Suure-Kopu_vallavalitsus, lk 20
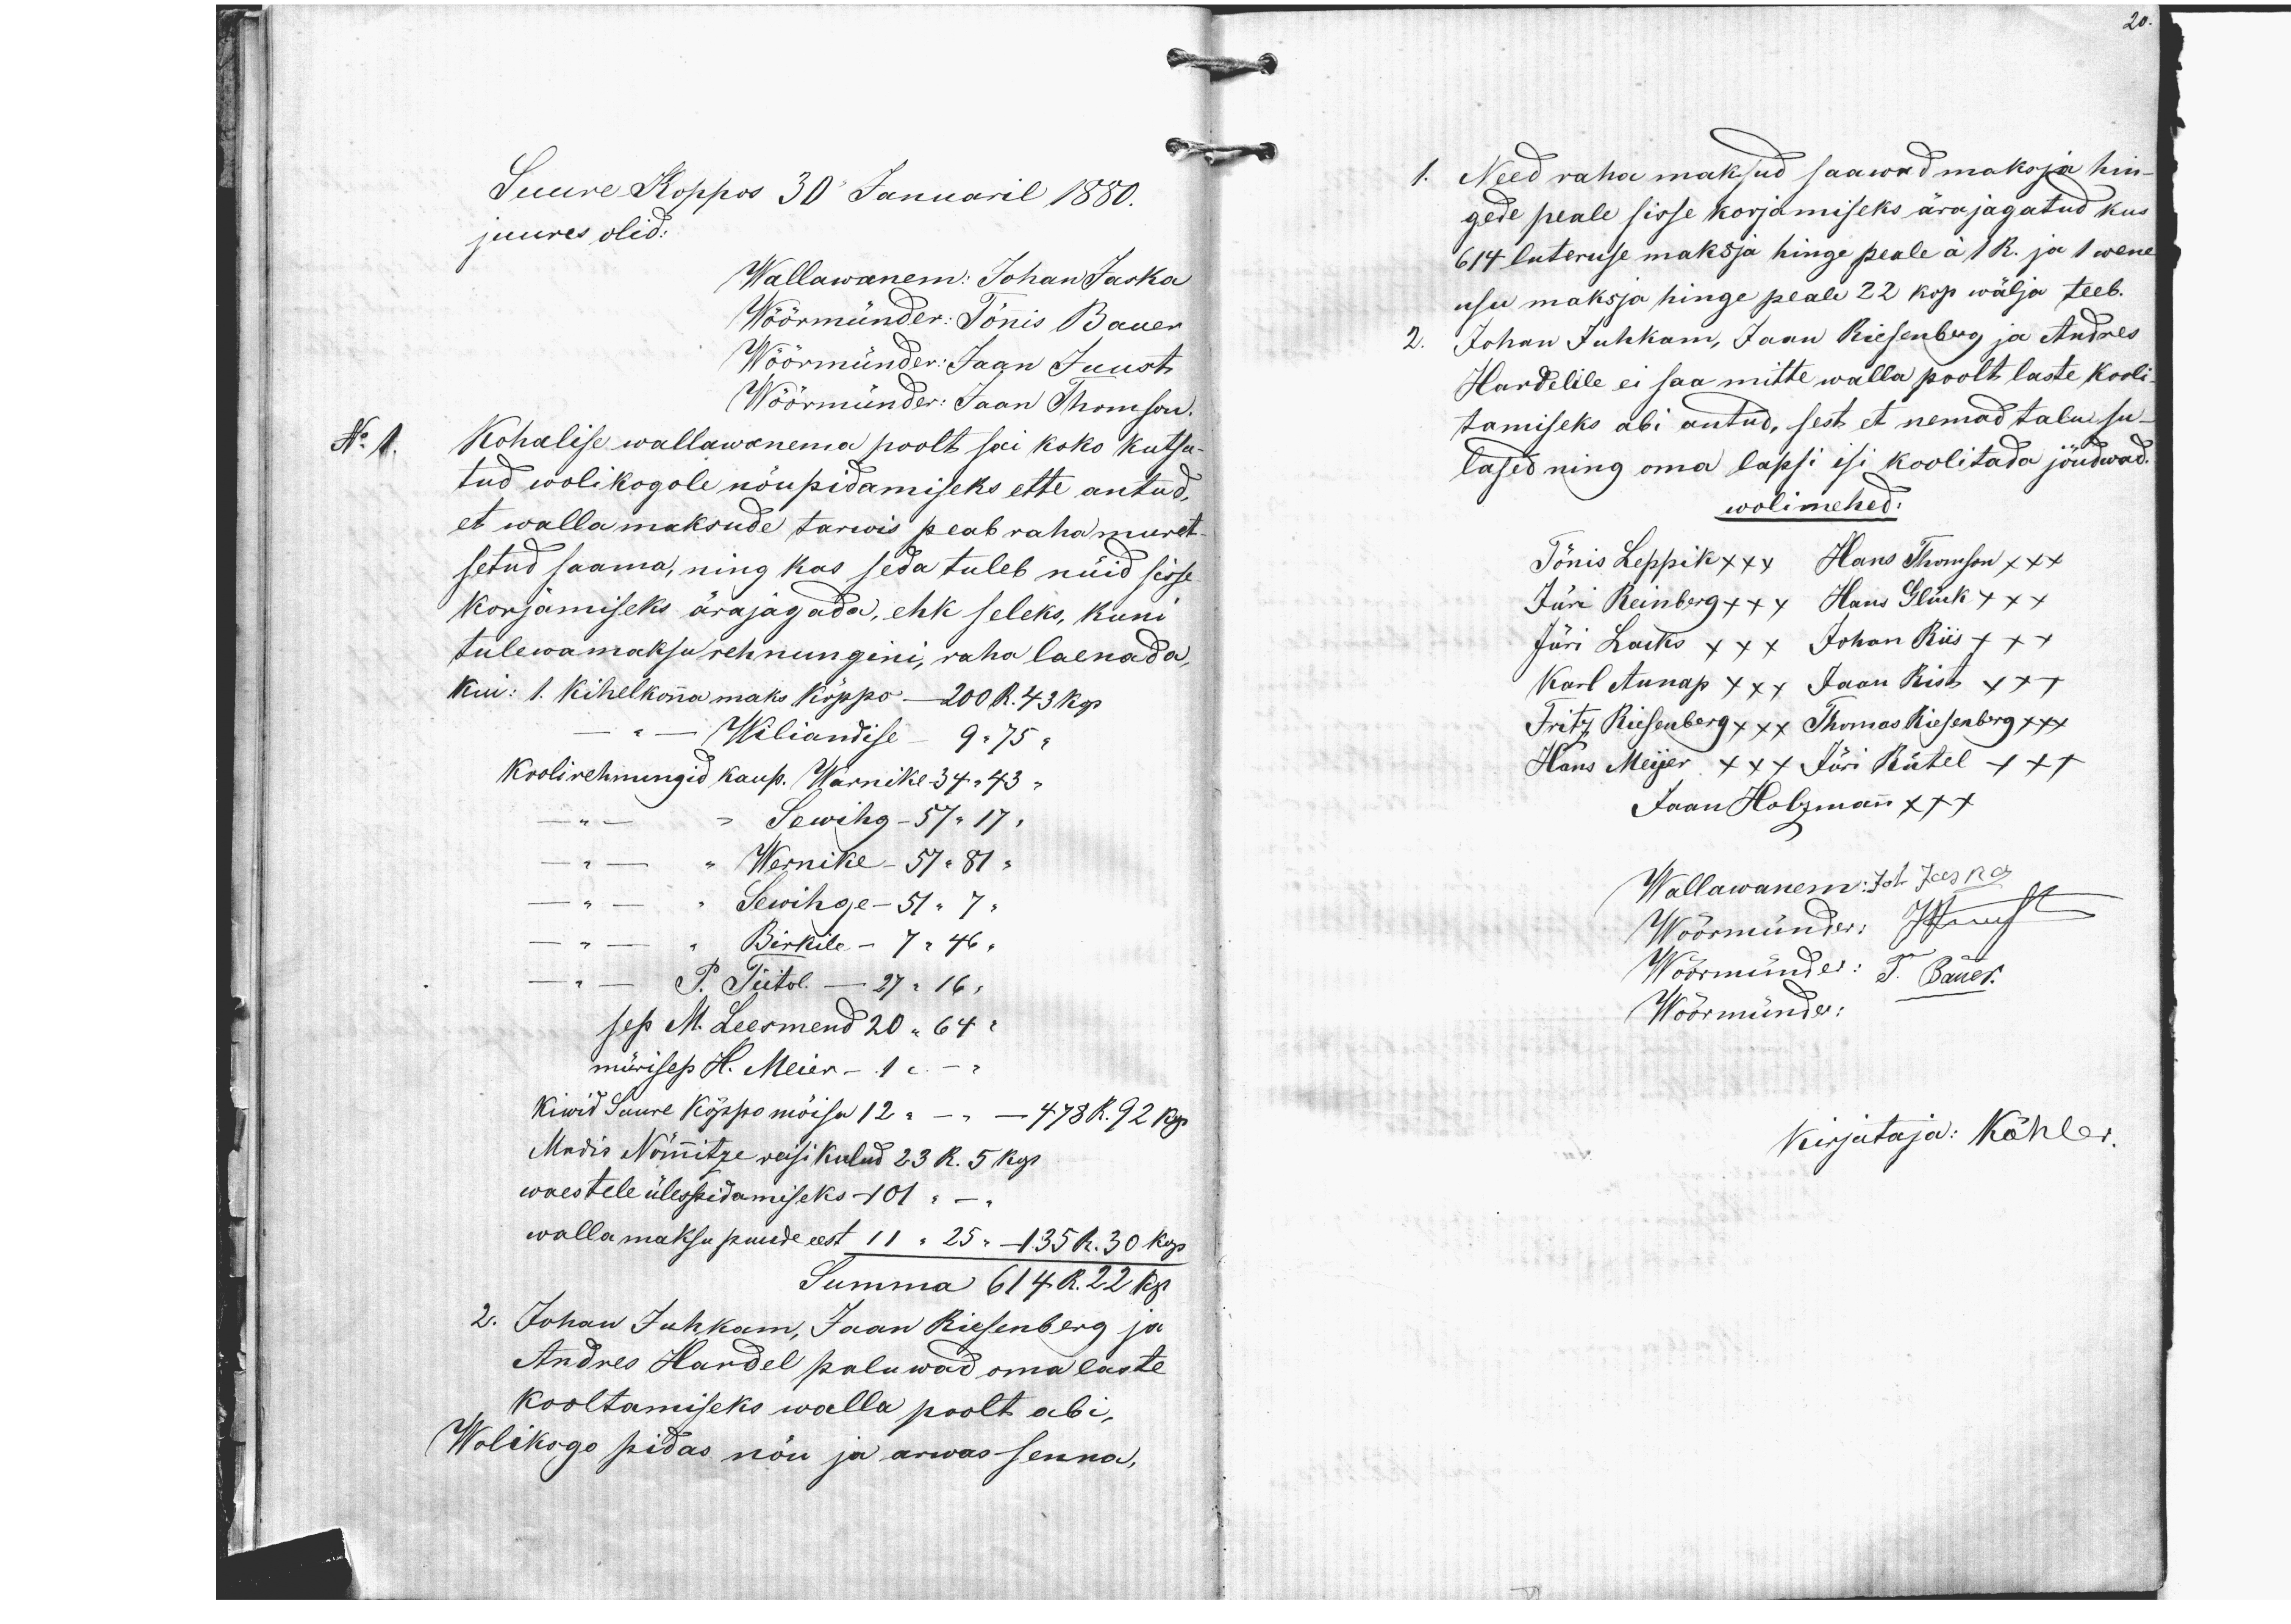
20.

Suure Koppos 30 Januaril 1880.
juures olid:
Wallawanem: Johan Jaska
Wöörmünder: Tõnnis Bauer
Wöörmünder: Jaan Juust
Wöörmünder: JaanThomson
No 1.
Kohalise wallawanema poolt sai koko kutsu-
tud wolikogole nõupidamiseks ette antud,
et walla maksude tarwis peab raha muret-
setud saama, ning kas seda tuleb nüid sisse
korjamiseks ärajagada, ehk seleks, kuni
tulewamaksu rehnungini, raha laenada,
kui: 1. Kihelkonna maks Kõppo - 200 R. 43 kop
- Wiliandise 9"75"
Koolirehnungid kaup. Warnike 34"43"
-  Sewihg - 57 " 17 "
- Wernike - 57 = 81 "
- Sewihge - 51 " 7 "
- Birkile - 7 " 46 "
- P. Tiitol - 27 " 16 "
sep M. Leesmend 20 "64"
mürisep H. Meier - 1 ".
Kiwid Suure Kõppo mõisa 12 " - 478 R. 92 kop
Madis Nõmmitze reisi kulud 23 R. 5 kop.
waestele ülespidamiseks - 101 " -
wallamaksu puude eest 11 " 25 " - 135 R. 30 kop
Summa 614 R. 22 kp.
2. Johan Juhkam, Jaan Riesenberg ja
Andres Hardel paluwad oma laste
kooltamiseks walla poolt abi,
Wolikogo pidas nõu ja arwas senna,

1. Need raha maksud saawad maksja hin-
gede peale sisse korjamiseks ärajagatud kus
614 luteruse maksja hinge peale á 1 R. ja 1 wene
usu maksja hinge peale 22 kop wälja teeb.
2. Johan Juhkam, Jaan Riesenberg ja Andres
Hardelile ei saa mitte walla poolt laste kooli
tamiseks abi antud, sest et nemad talu su-
lased ning oma lapsi isi koolitada jõudwad.
wolimehed:
Tõnis Leppik xxx Hans Thomson xxx
Jüri Reinberg ++x Hans Glück xxx
Jüri Lacks xxx Johan Riis +++
Karl Aunap xx Jaan Rist x++
Fritz Riesenberg xxx Thomas Riesenberg xxx
Hans Meijer xx+ Jüri Rütel +x+
Jaan Holzmann x+x
Wallawanem: Joh. Jaska
Wöörmünder: JJuust
Wöörmünder: T. Bauer.
Wöörmünder:

Kirjutaja: Köhler.